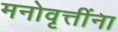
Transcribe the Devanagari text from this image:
मनोवृत्तींना